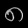
Digit: ၈